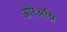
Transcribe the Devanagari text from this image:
ओरअग्नि